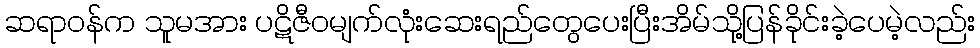
ဆရာဝန်က သူမအား ပဋိဇီဝမျက်လုံးဆေးရည်တွေပေးပြီးအိမ်သို့ပြန်ခိုင်းခဲ့ပေမဲ့လည်း